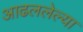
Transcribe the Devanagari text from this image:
आढललेल्या